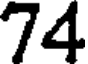
74